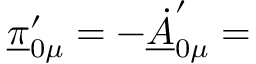
\underline { { { \pi } } } _ { 0 \mu } ^ { \prime } = - \underline { { { \dot { A } } } } _ { 0 \mu } ^ { \prime } =